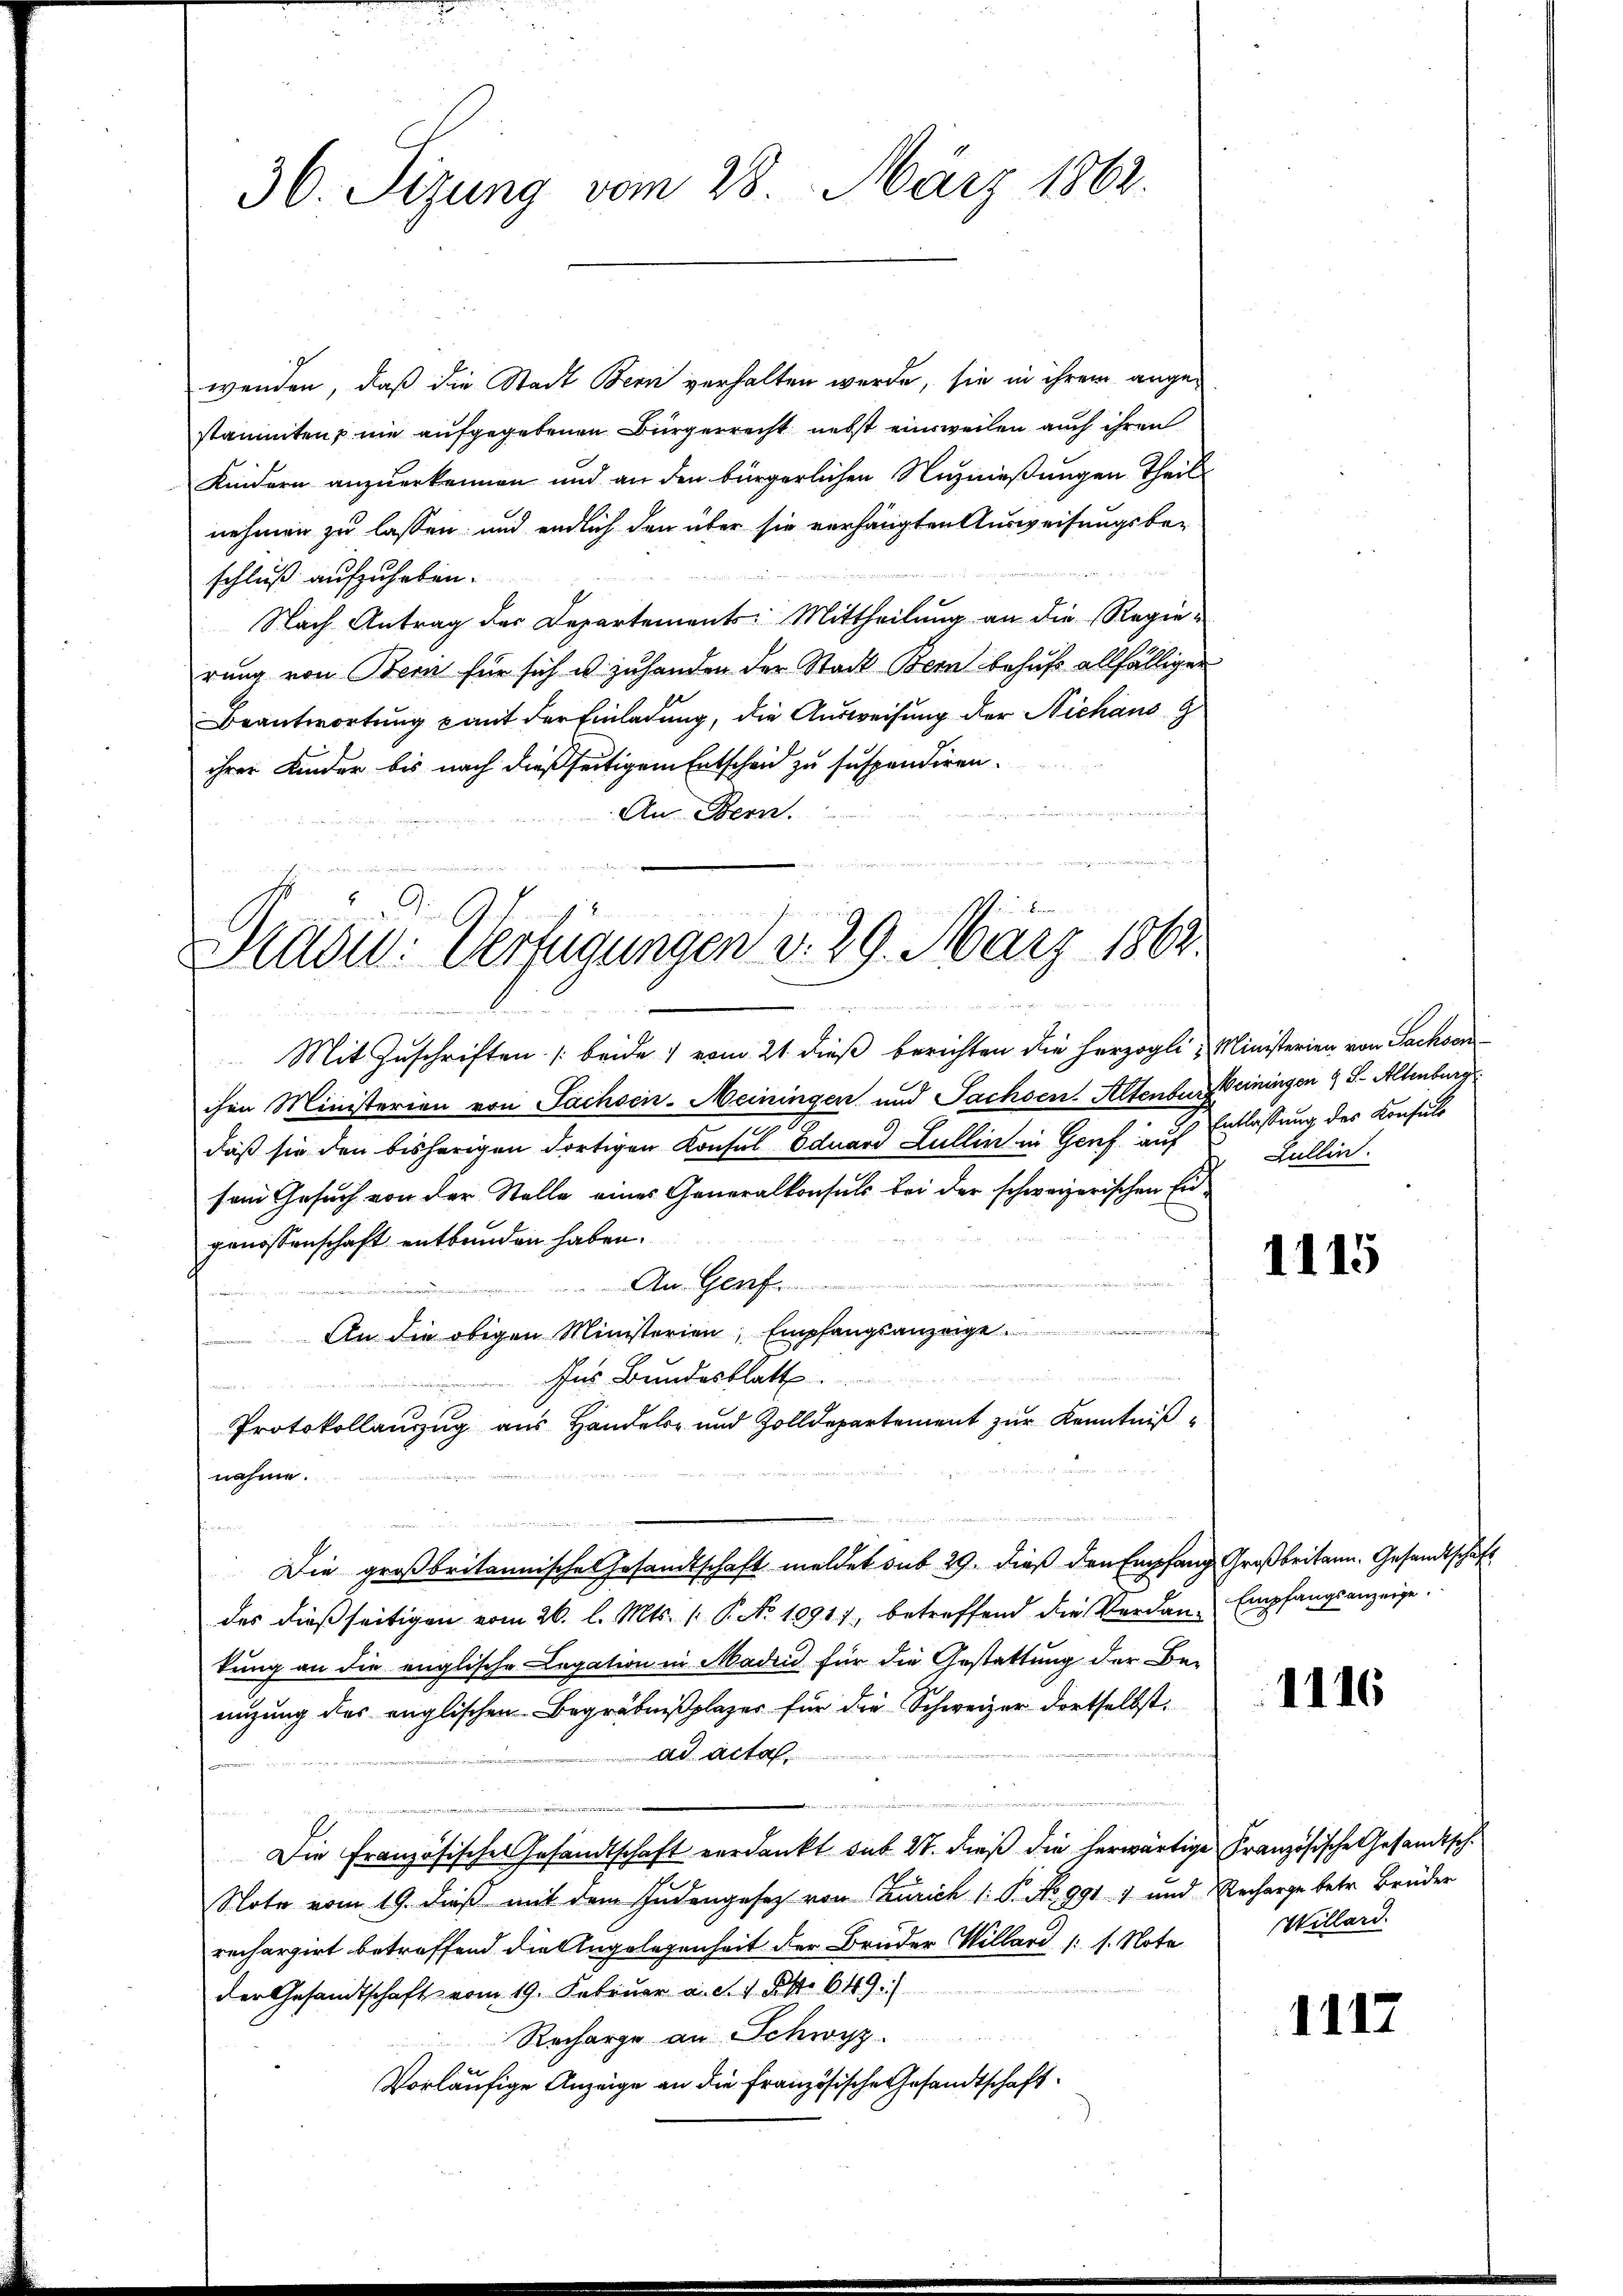
36. Sizung vom 28. März 1862.

wenden, daß die Stadt Bern verhalten wurde, sie in ihrem angestammten nie aufgegebenen Bürgerrecht nebst einsweilen auch ihren
Kindern anzuerkennen und an den bürgerlichen Nuznießungen Theils
nehmen zu lassen, und endlich den über sie verhängten Ausweisungsbe-
schluß aufzuheben.
Nach Antrag der Departements Mittheilŭng an die Regie-
rung von Bern für sich u zuhanden der Stadt Bern behuf allfälliger
Beantwortung mit der Einladung, die Ausweisung der Niehans G
ihrer Kinder bis nach dießseitigem Entscheid zu suspendiren.
An Bern.

Stadio: Verfügungen d. 29. März 1863.

d
Mit Zuschriften beide vom 21. dieß berichten die herzogli, Ministerien von Sachsenchen Ministerien von Sachsen. Meiningen und Sachsen Altenburg einigen 9 S. Altenburg
d
daß sie den bisherigen dortigen Konsul Eduard Lullin in Genf auf Entlassung des Konsuls
sem Gesuch von der Stelle eines Generalkonsuls bei der schweizerischen Engenossenschaft entbunden haben.
An Genf.
An die obigen Ministerien, Empfangsanzeige
für Bundesblatt
u
Protokollanzug aus Handels- und Zolldepartement zur Kenntnißnahme.
fin
Die großbritannische Gesandtschaft meldet sub 29. dieß den Empfang Großbritann. Gesandtschaft
des dießseitigen vom 26. l. Mts. (: P. No. 1891) betreffend die Verdan Empfangsanzeige.
kung an die englische Legation in Madin für die Gestattung der Benizung des englischen Begräbniβplazer für die Schweizer dortselbst.
u
ad acta.
.
e
 274 A
Die Französisches Gesandtschaft verdankt sub 27. dieß die herwärtige Französische Gesandtsch
Note vom 19. dieß mit dem Judengesetz von Zürich /: P. No 991 1 und Recharge betr. Brüder
rechargirt betreffend die Angelegenheit der Bruder Willard (s. Note
der Gesandtschaft vom 19. Februar a. d. 1 Pkt. 649.
e
Recharge an Schwyz.
Vorläufige Anzeige an die Französische Gesandtschaft

.

Zullin.

1115

1116

Willard.

1117